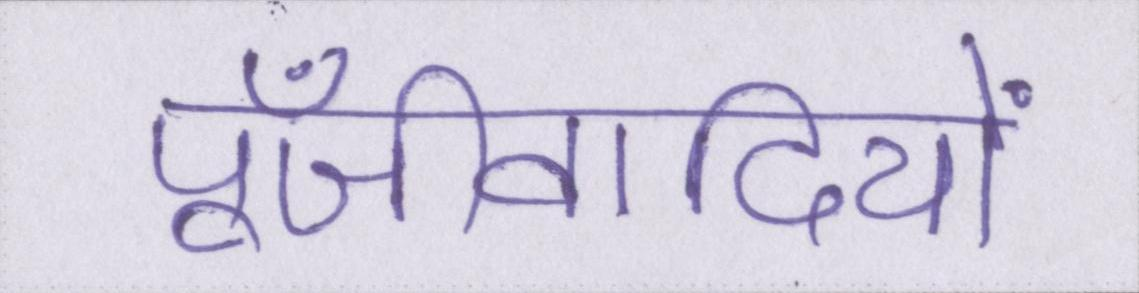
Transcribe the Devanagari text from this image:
पूँजीवादियों